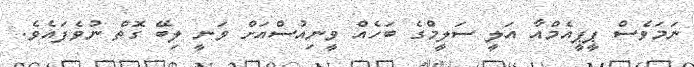
ނަމަވެސް ޕީޕީއެމްއާ އަލީ ސަލީމްގެ ބަހެއް ވީނިއުސްއަށް ވަނީ ލިބޭ ގޮތް ނުވެފައެވެ.